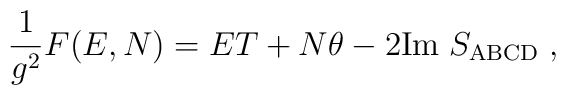
\frac{1}{g^2}F(E,N) = E T + N\theta - 2\mathrm{Im}\; S_\mathrm{ABCD}\;,